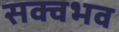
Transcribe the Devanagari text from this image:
सक्वभव